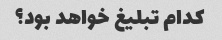
کدام تبلیغ خواهد بود؟